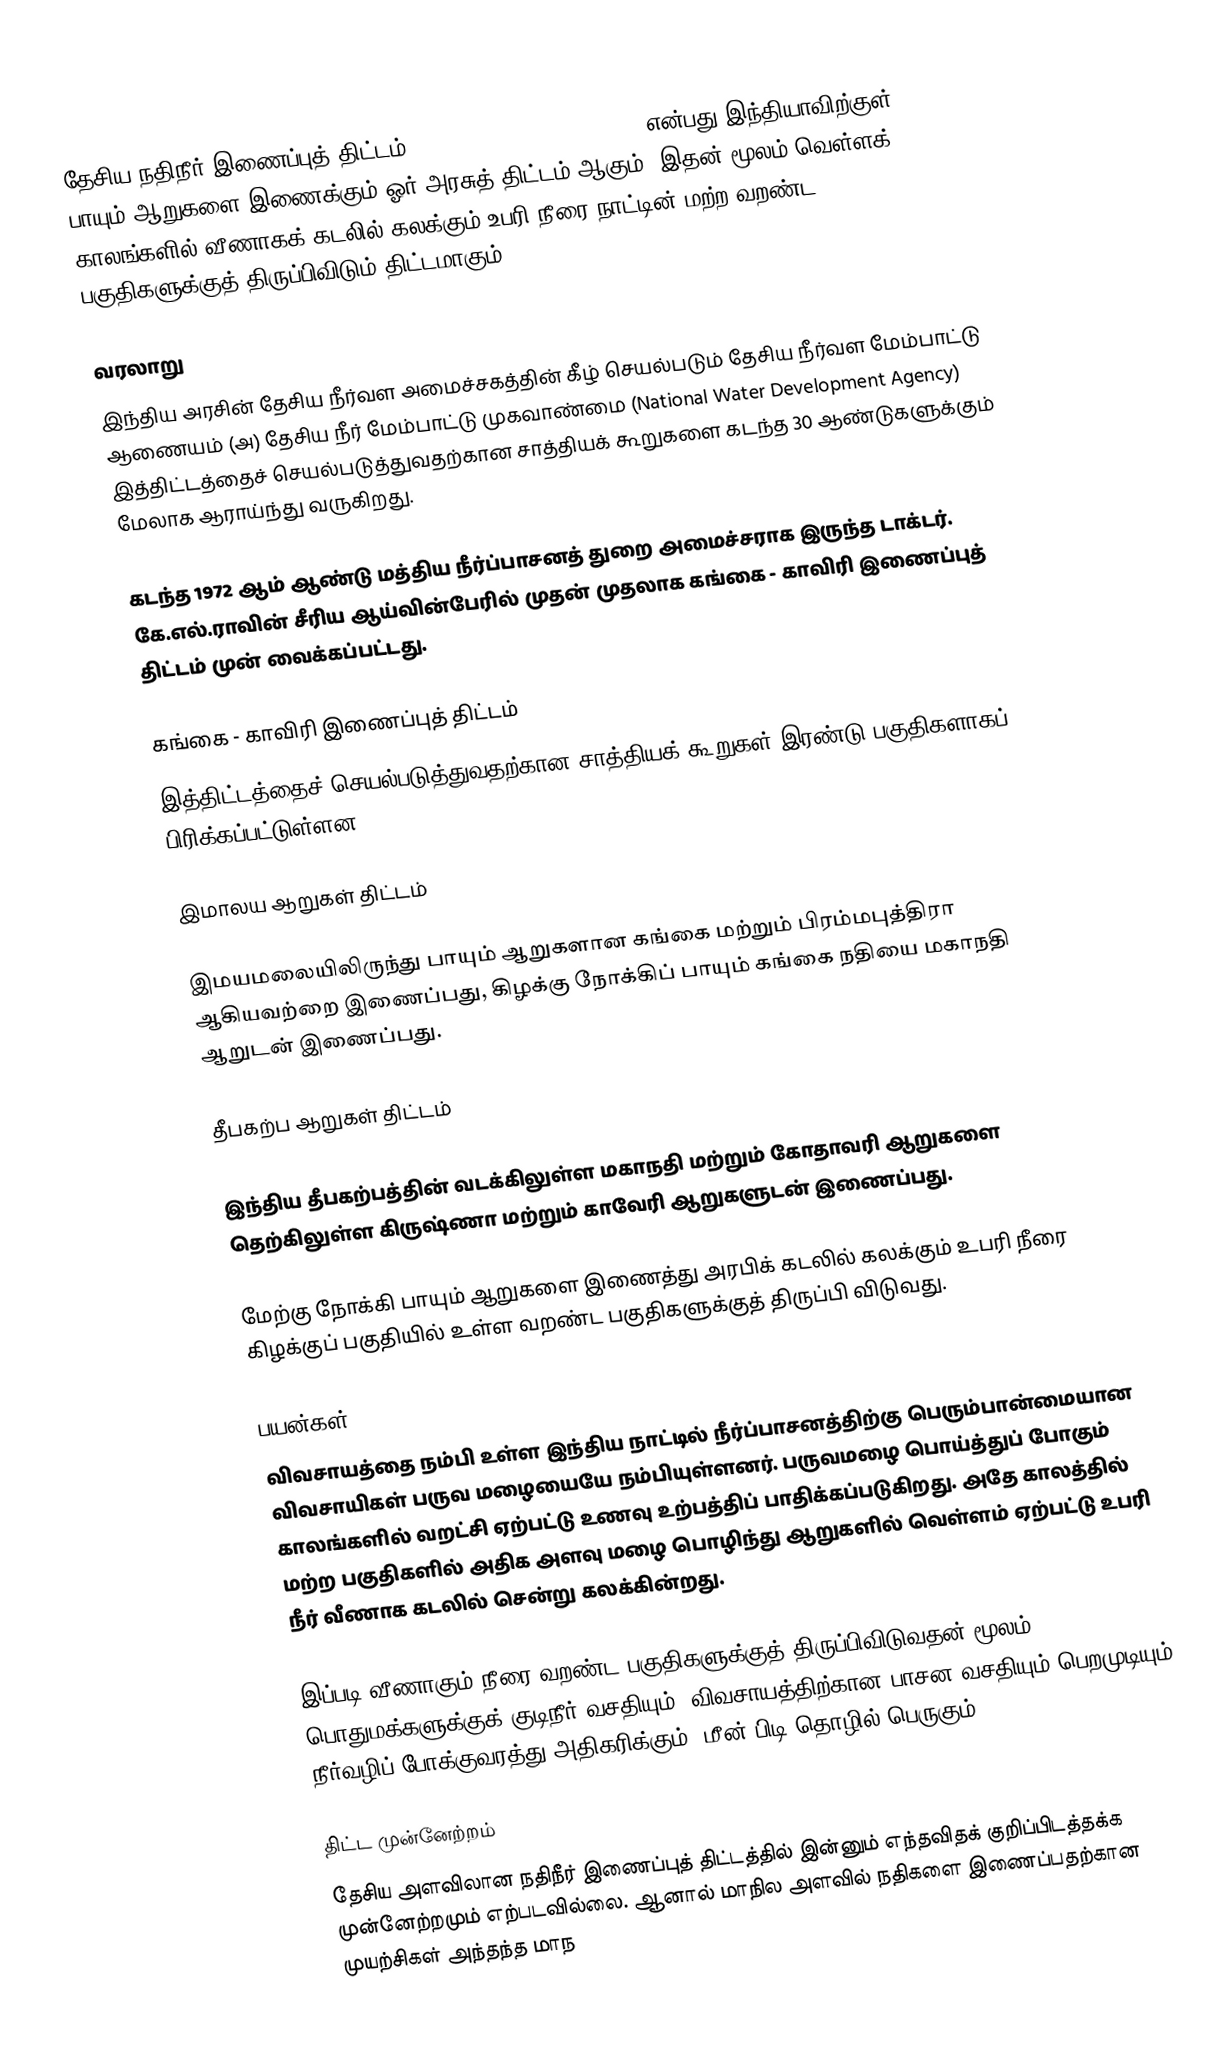
தேசிய நதிநீர் இணைப்புத் திட்டம் (Indian Rivers Inter-link) என்பது இந்தியாவிற்குள் பாயும் ஆறுகளை இணைக்கும் ஓர் அரசுத் திட்டம் ஆகும். இதன் மூலம் வெள்ளக் காலங்களில் வீணாகக் கடலில் கலக்கும் உபரி நீரை நாட்டின் மற்ற வறண்ட பகுதிகளுக்குத் திருப்பிவிடும் திட்டமாகும்.

வரலாறு
இந்திய அரசின் தேசிய நீர்வள அமைச்சகத்தின் கீழ் செயல்படும் தேசிய நீர்வள மேம்பாட்டு ஆணையம் (அ) தேசிய நீர் மேம்பாட்டு முகவாண்மை (National Water Development Agency) இத்திட்டத்தைச் செயல்படுத்துவதற்கான சாத்தியக் கூறுகளை கடந்த 30 ஆண்டுகளுக்கும் மேலாக ஆராய்ந்து வருகிறது.

கடந்த 1972 ஆம் ஆண்டு மத்திய நீர்ப்பாசனத் துறை அமைச்சராக இருந்த டாக்டர். கே.எல்.ராவின் சீரிய ஆய்வின்பேரில் முதன் முதலாக கங்கை - காவிரி இணைப்புத் திட்டம் முன் வைக்கப்பட்டது.

கங்கை - காவிரி இணைப்புத் திட்டம்
இத்திட்டத்தைச் செயல்படுத்துவதற்கான சாத்தியக் கூறுகள் இரண்டு பகுதிகளாகப் பிரிக்கப்பட்டுள்ளன.

இமாலய ஆறுகள் திட்டம்

இமயமலையிலிருந்து பாயும் ஆறுகளான கங்கை மற்றும் பிரம்மபுத்திரா ஆகியவற்றை இணைப்பது, கிழக்கு நோக்கிப் பாயும் கங்கை நதியை மகாநதி ஆறுடன் இணைப்பது.

தீபகற்ப ஆறுகள் திட்டம்

இந்திய தீபகற்பத்தின் வடக்கிலுள்ள மகாநதி மற்றும் கோதாவரி ஆறுகளை தெற்கிலுள்ள கிருஷ்ணா மற்றும் காவேரி ஆறுகளுடன் இணைப்பது.

மேற்கு நோக்கி பாயும் ஆறுகளை இணைத்து அரபிக் கடலில் கலக்கும் உபரி நீரை கிழக்குப் பகுதியில் உள்ள வறண்ட பகுதிகளுக்குத் திருப்பி விடுவது.

பயன்கள்
விவசாயத்தை நம்பி உள்ள இந்திய நாட்டில் நீர்ப்பாசனத்திற்கு பெரும்பான்மையான விவசாயிகள் பருவ மழையையே நம்பியுள்ளனர். பருவமழை பொய்த்துப் போகும் காலங்களில் வறட்சி ஏற்பட்டு உணவு உற்பத்திப் பாதிக்கப்படுகிறது. அதே காலத்தில் மற்ற பகுதிகளில் அதிக அளவு மழை பொழிந்து ஆறுகளில் வெள்ளம் ஏற்பட்டு உபரி நீர் வீணாக கடலில் சென்று கலக்கின்றது.

இப்படி வீணாகும் நீரை வறண்ட பகுதிகளுக்குத் திருப்பிவிடுவதன் மூலம் பொதுமக்களுக்குக் குடிநீர் வசதியும், விவசாயத்திற்கான பாசன வசதியும் பெறமுடியும். நீர்வழிப் போக்குவரத்து அதிகரிக்கும். மீன் பிடி தொழில் பெருகும்

திட்ட முன்னேற்றம்
தேசிய அளவிலான நதிநீர் இணைப்புத் திட்டத்தில் இன்னும் எந்தவிதக் குறிப்பிடத்தக்க முன்னேற்றமும் எற்படவில்லை. ஆனால் மாநில அளவில் நதிகளை இணைப்பதற்கான முயற்சிகள் அந்தந்த மாந